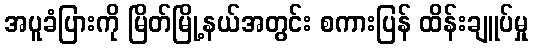
အပူခံပြားကို မြိတ်မြို့နယ်အတွင်း စကားပြန် ထိန်းချူပ်မှု